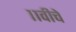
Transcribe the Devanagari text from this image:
११वीचे